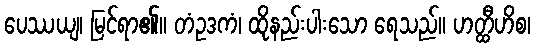
ပေဿယျ၊ မြင်ရာ၏။ တံဥဒကံ၊ ထိုနည်းပါးသော ရေသည်။ ဟတ္ထီဟိစ၊